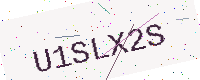
Text: U1SLX2S